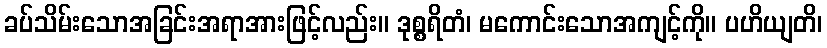
ခပ်သိမ်းသောအခြင်းအရာအားဖြင့်လည်း။ ဒုစ္စရိတံ၊ မကောင်းသောအကျင့်ကို။ ပဟိယျတိ၊